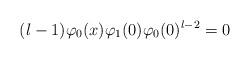
LaTeX: \begin{align*} (l-1)\varphi_{0}(x)\varphi_{1}(0)\varphi_{0}(0)^{l-2} =0 \end{align*}